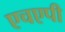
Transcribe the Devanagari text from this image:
एचएपी